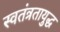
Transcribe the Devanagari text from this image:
स्वतंत्रतायुद्ध